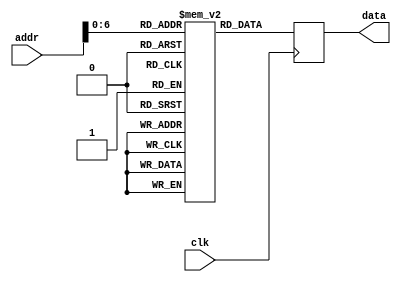
module ROM(input clk,
                input wire [8:0] addr,
                output reg [7:0] data);

    reg [7:0] rom [0:127];
    always @(negedge clk) begin
        data <= rom[addr];
    end

    initial begin
        rom[0] = 8'h0;
        rom[1] = 8'h1;
        rom[2] = 8'h2;
        rom[3] = 8'h3;
        rom[4] = 8'h4;
        rom[5] = 8'h5;
        rom[6] = 8'h6;
        rom[7] = 8'h7;
        rom[8] = 8'h8;
        rom[9] = 8'h9;
        rom[10] = 8'h10;
        rom[11] = 8'h11;
        rom[12] = 8'h12;
        rom[13] = 8'h13;
        rom[14] = 8'h14;
        rom[15] = 8'h15;
        rom[16] = 8'h16;
        rom[17] = 8'h17;
        rom[18] = 8'h18;
        rom[19] = 8'h19;
        rom[20] = 8'h20;
        rom[21] = 8'h21;
        rom[22] = 8'h22;
        rom[23] = 8'h23;
        rom[24] = 8'h24;
        rom[25] = 8'h25;
        rom[26] = 8'h26;
        rom[27] = 8'h27;
        rom[28] = 8'h28;
        rom[29] = 8'h29;
        rom[30] = 8'h30;
        rom[31] = 8'h31;
        rom[32] = 8'h32;
        rom[33] = 8'h33;
        rom[34] = 8'h34;
        rom[35] = 8'h35;
        rom[36] = 8'h36;
        rom[37] = 8'h37;
        rom[38] = 8'h38;
        rom[39] = 8'h39;
        rom[40] = 8'h40;
        rom[41] = 8'h41;
        rom[42] = 8'h42;
        rom[43] = 8'h43;
        rom[44] = 8'h44;
        rom[45] = 8'h45;
        rom[46] = 8'h46;
        rom[47] = 8'h47;
        rom[48] = 8'h48;
        rom[49] = 8'h49;
        rom[50] = 8'h50;
        rom[51] = 8'h51;
        rom[52] = 8'h52;
        rom[53] = 8'h53;
        rom[54] = 8'h54;
        rom[55] = 8'h55;
        rom[56] = 8'h56;
        rom[57] = 8'h57;
        rom[58] = 8'h58;
        rom[59] = 8'h59;
        rom[60] = 8'h60;
        rom[61] = 8'h61;
        rom[62] = 8'h62;
        rom[63] = 8'h63;
        rom[64] = 8'h64;
        rom[65] = 8'h65;
        rom[66] = 8'h66;
        rom[67] = 8'h67;
        rom[68] = 8'h68;
        rom[69] = 8'h69;
        rom[70] = 8'h70;
        rom[71] = 8'h71;
        rom[72] = 8'h72;
        rom[73] = 8'h73;
        rom[74] = 8'h74;
        rom[75] = 8'h75;
        rom[76] = 8'h76;
        rom[77] = 8'h77;
        rom[78] = 8'h78;
        rom[79] = 8'h79; 
        rom[80] = 8'h80;
        rom[81] = 8'h81;
        rom[82] = 8'h82; 
        rom[83] = 8'h83;
        rom[84] = 8'h84;
        rom[85] = 8'h85;
        rom[86] = 8'h86;
        rom[87] = 8'h87;
        rom[88] = 8'h88;
        rom[89] = 8'h89;
        rom[90] = 8'h90;
        rom[91] = 8'h91;
        rom[92] = 8'h92;
        rom[93] = 8'h93;
        rom[94] = 8'h94;
        rom[95] = 8'h95;
        rom[96] = 8'h96;
        rom[97] = 8'h97;
        rom[98] = 8'h98;
        rom[99] = 8'h99;
        rom[100] = 8'h100;
        rom[101] = 8'h101;
        rom[102] = 8'h102;
        rom[103] = 8'h103;
        rom[104] = 8'h104;
        rom[105] = 8'h105;
        rom[106] = 8'h106;
        rom[107] = 8'h107;
        rom[108] = 8'h108;
        rom[109] = 8'h109;
        rom[110] = 8'h110;
        rom[111] = 8'h111;
        rom[112] = 8'h112;
        rom[113] = 8'h112;
        rom[114] = 8'h114;
        rom[115] = 8'h115;
        rom[116] = 8'h116;
        rom[117] = 8'h117;
        rom[118] = 8'h118;
        rom[119] = 8'h119;
        rom[120] = 8'h120;
        rom[121] = 8'h121;
        rom[122] = 8'h122;
        rom[123] = 8'h123;
        rom[124] = 8'h124;
        rom[125] = 8'h125;
        rom[126] = 8'h126;
        rom[127] = 8'h127;
    end
endmodule